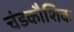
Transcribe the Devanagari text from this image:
चंडकौशिक